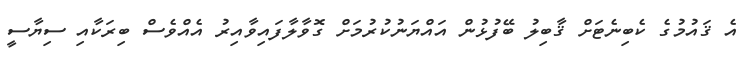
އެ ޤައުމުގެ ކެބިނެޓަށް ޤާބިލު ބޭފުޅުން އައްޔަނުކުރުމަށް ގޮވާލާފައިވާއިރު އެއްވެސް ބިރަކާއި ސިޔާސީ